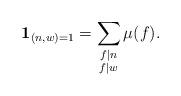
LaTeX: \begin{align*}\mathbf{1}_{(n,w)=1} = \sum_{\substack{f \mid n \\ f \mid w}} \mu(f).\end{align*}